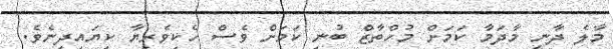
މާލެ ދާނީ މާދަމާ ކަމަށް މުހްތާޒް ބުނި ކަމަށް ވެސް ހެކިވެރިޔާ ކިޔައިދިނެވެ.